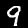
Digit: 9